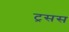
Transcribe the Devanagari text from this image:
ट्रसस